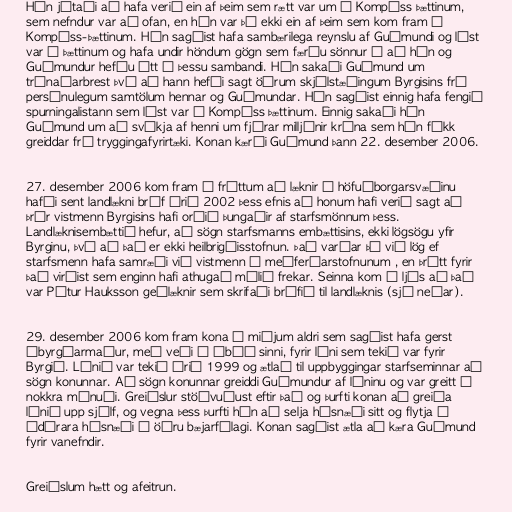
Hún játaði að hafa verið ein af þeim sem rætt var um í Kompáss þættinum,
sem nefndur var að ofan, en hún var þó ekki ein af þeim sem kom fram í
Kompáss-þættinum. Hún sagðist hafa sambærilega reynslu af Guðmundi og lýst
var í þættinum og hafa undir höndum gögn sem færðu sönnur á að hún og
Guðmundur hefðu átt í þessu sambandi. Hún sakaði Guðmund um
trúnaðarbrest því að hann hefði sagt öðrum skjólstæðingum Byrgisins frá
persónulegum samtölum hennar og Guðmundar. Hún sagðist einnig hafa fengið
spurningalistann sem lýst var í Kompáss þættinum. Einnig sakaði hún
Guðmund um að svíkja af henni um fjórar milljónir króna sem hún fékk
greiddar frá tryggingafyrirtæki. Konan kærði Guðmund þann 22. desember 2006.

27. desember 2006 kom fram í fréttum að læknir á höfuðborgarsvæðinu
hafði sent landlækni bréf árið 2002 þess efnis að honum hafi verið sagt að
þrír vistmenn Byrgisins hafi orðið þungaðir af starfsmönnum þess.
Landlæknisembættið hefur, að sögn starfsmanns embættisins, ekki lögsögu yfir
Byrginu, því að það er ekki heilbrigðisstofnun. Það varðar þó við lög ef
starfsmenn hafa samræði við vistmenn á meðferðarstofnunum , en þrátt fyrir
það virðist sem enginn hafi athugað málið frekar. Seinna kom í ljós að það
var Pétur Hauksson geðlæknir sem skrifaði bréfið til landlæknis (sjá neðar).

29. desember 2006 kom fram kona á miðjum aldri sem sagðist hafa gerst
ábyrgðarmaður, með veði í íbúð sinni, fyrir láni sem tekið var fyrir
Byrgið. Lánið var tekið árið 1999 og ætlað til uppbyggingar starfseminnar að
sögn konunnar. Að sögn konunnar greiddi Guðmundur af láninu og var greitt í
nokkra mánuði. Greiðslur stöðvuðust eftir það og þurfti konan að greiða
lánið upp sjálf, og vegna þess þurfti hún að selja húsnæði sitt og flytja í
ódýrara húsnæði í öðru bæjarfélagi. Konan sagðist ætla að kæra Guðmund
fyrir vanefndir.

Greiðslum hætt og afeitrun.